Civil Veterinary Dept. Bombay admin report 1923-31 - 1923-1931
Year: 1923
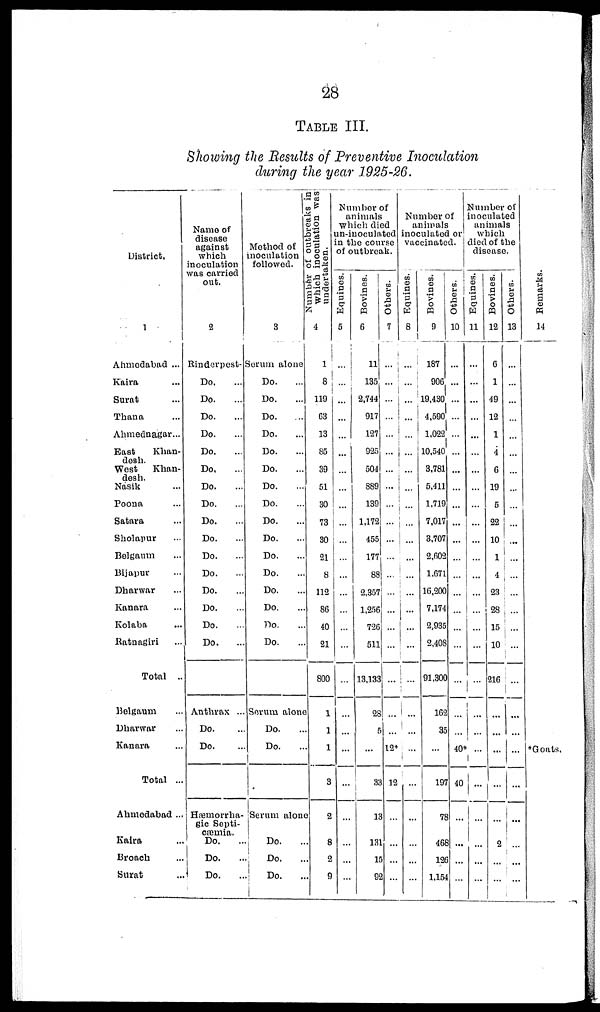
28
TABLEIII.
Showing the Results of Preventive Inoculation
during the year 1925-26.
District.
1
Ahmedabad ...
Kaira ...
Surat ...
Thana ...
Ahmednagar...
East
Khan-
desh.
West
Khan-
desh.
Nasik ...
Poona ...
Satara ...
Sholapur ...
Belgaum ...
Bijapur ...
Dharwar ...
Kanara ...
Kolaba ...
Ratnagiri ...
Total ..
Belgaum ...
Dharwar ...
Kanara ...
Total ...
Ahmedabad ...
Kaira ...
Broach ...
Surat ...
Name of
disease
against
which
inoculation
was carried
out.
2
Rinderpest-
Do. ...
Do. ...
Do. ...
Do. ...
Do. ...
Do. ...
Do. ...
Do. ...
Do. ...
Do. ...
Do. ...
Do. ...
Do. ...
Do. ...
Do. ...
Do. ...
Anthrax ...
Do. ...
Do. ...
Hæmorrha-
gic Septi-
cæmia.
Do. ...
Do. ...
Do. ...
Method of
noculation
followed.
3
Serum alone
Do. ...
Do. ...
Do. ...
Do. ...
Do. ...
Do. ...
Do. ...
Do. ...
Do. ...
Do. ...
Do. ...
Do. ...
Do. ...
Do. ...
Do. ...
Do. ...
Serum alone
Do. ...
Do. ...
Serum alone
Do. ...
Do. ...
Do. ...
Number of outbreaks in
which inoculation was
undertaken.
4
1
8
119
63
13
85
39
51
30
73
30
21
8
112
86
40
21
800
1
1
1
3
2
8
2
9
Number of
animals
which died
un-inoculated
in the course
of outbreak.
Equines.
5
...
...
...
...
Bovines.
6
11
135
2,744
917
127
925
504
889
139
1,172
455
177
88
2,357
1,256
726
511
13,133
28
5
...
33
13
131
15
92
Others.
7
...
...
...
...
...
...
...
...
...
...
...
...
...
...
...
...
...
...
...
...
12*
12
...
...
...
...
Number of
animals
inoculated or
vaccinated.
Equines.
8
1
...
...
...
...
...
...
...
...
...
...
...
...
...
...
...
...
...
...
...
...
...
...
...
...
...
...
Bovines.
9
187
906
19,430
4,590
1,022
10,540
3,781
5,411
1,719
7,017
3,707
2,602
1,671
16,200
7,174
2,935
2,408
91,300
162
35
...
197
78
469
126
1,154
Others.
10
...
...
...
...
...
...
...
...
...
...
...
...
...
...
...
...
...
...
...
...
40*
40
...
...
...
...
Number of
inoculated
animals
which
died of the
disease.
Equines.
11
...
...
...
...
...
...
...
...
...
...
...
...
...
...
...
...
...
...
...
...
...
...
...
...
...
...
Bovines.
12
6
1
49
12
1
4
6
19
5
22
10
1
4
23
28
15
10
216
...
...
...
...
...
2
...
...
Others.
13
...
...
...
...
...
...
...
...
...
...
...
...
...
...
...
...
...
...
...
...
...
...
...
...
...
...
Remarks.
14
*Goats.